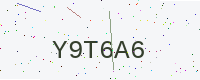
Text: Y9T6A6